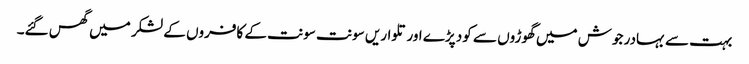
بہت سے بہادر جوش میں گھوڑوں سے کود پڑے اور تلواریں سونت سونت کے کافروں کے لشکر میں گھس گئے۔